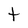
Character: t